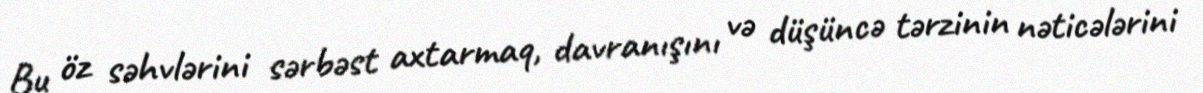
Bu öz səhvlərini sərbəst axtarmaq, davranışını və düşüncə tərzinin nəticələrini